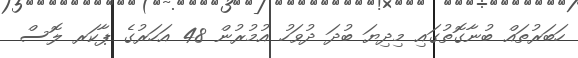
ހަބަރުތައް ބުނާގޮތުގައި މިދިޔަ ބުދަ ދުވަހު އުމުރުން 48 އަހަރުގެ ޕާކަރ ލޮސް